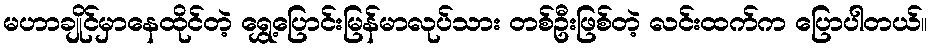
မဟာချိုင်မှာနေထိုင်တဲ့ ရွှေ့ပြောင်းမြန်မာလုပ်သား တစ်ဦးဖြစ်တဲ့ လင်းထက်က ပြောပါတယ်။